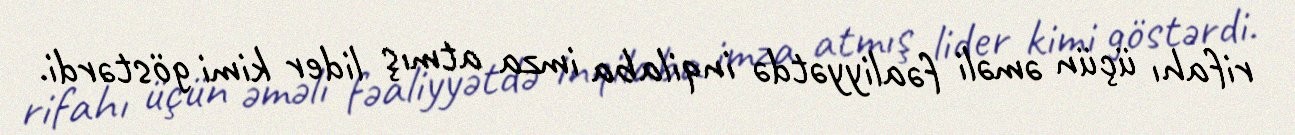
rifahı üçün əməli fəaliyyətdə inqilaba imza atmış lider kimi göstərdi.